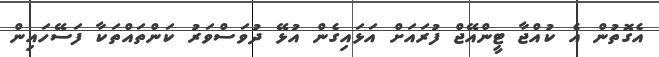
އެގޮތުން އެ ކުއްޖާ ޓީންއޭޖް ފުރައަށް އަޅައިގެން އުޅޭ ދުވަސްވަރު ކަންތައްތަކާ ފަސޭހައިން